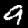
Label: 9